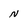
Character: N